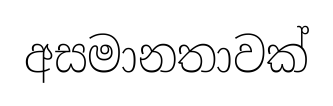
අසමානතාවක්